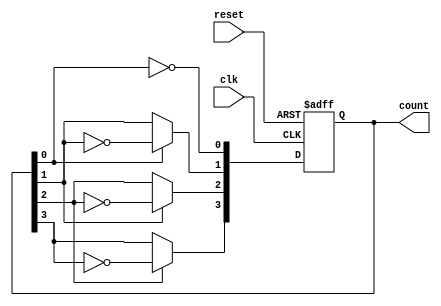
module async_ripple_counter (
    input wire clk,        // Clock input
    input wire reset,      // Asynchronous reset input
    output reg [n-1:0] count // n-bit counter output
);
    parameter n = 4; // Number of bits in the counter (can be changed as needed)

    // Flip-flops for the ripple counter
    always @(posedge clk or posedge reset) begin
        if (reset) begin
            count <= 0; // Reset the counter to 0
        end else begin
            count[0] <= ~count[0]; // Toggle the least significant bit
            count[1] <= count[0] ? ~count[1] : count[1]; // Toggle on the falling edge of count[0]
            count[2] <= count[1] ? ~count[2] : count[2]; // Toggle on the falling edge of count[1]
            count[3] <= count[2] ? ~count[3] : count[3]; // Toggle on the falling edge of count[2]
            // Add more bits if needed
        end
    end
endmodule